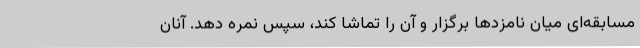
مسابقه‌ای میان نامزدها برگزار و آن را تماشا کند، سپس نمره دهد. آنان